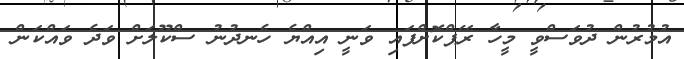
އުމުރުން ދުވަސްވީ މީހާ ރޭޕްކޮށްފައި ވަނީ އިއްޔެ ހެނދުނު ސްކޫލަށް ވަދެ ވައްކަން